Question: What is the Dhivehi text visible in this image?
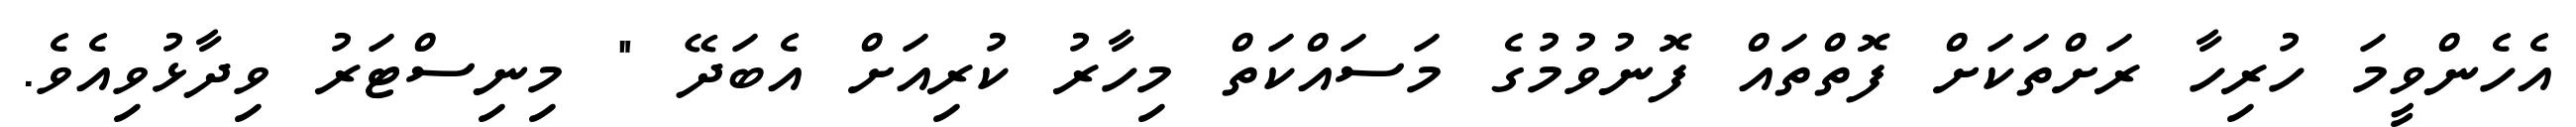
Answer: އެހެންވީމަ ހުރިހާ ރަށްތަކަށް ފޮތްތައް ފޮނުވުމުގެ މަސައްކަތް މިހާރު ކުރިއަށް އެބަދޭ " މިނިސްޓަރު ވިދާޅުވިއެވެ.